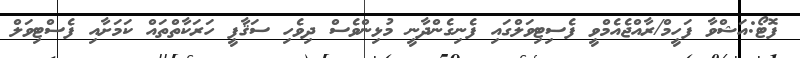
ފޮޓޯ:އަޝްވާ ފަހީމް/ރާއްޖެއެމްވީ ފެސިޓިވަލްގައި ފެނިގެންދާނީ މުޅިންވެސް ދިވެހި ސަޤާފީ ހަރަކާތްތައް ކަމަށާއި ފެސްޓިވަލް